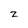
Character: z